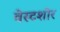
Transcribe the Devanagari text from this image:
वेस्टशोर